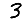
Digit: 3